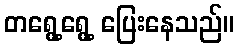
တရွေ့ရွေ့ ပြေးနေသည်။